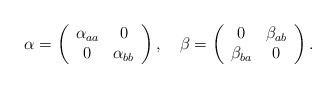
\begin{align*}\alpha =\left(\begin{array}{cc}\alpha_{aa}& 0\\0& \alpha_{bb}\end{array}\right),\quad\beta =\left(\begin{array}{cc}0& \beta_{ab}\\\beta_{ba}& 0\end{array}\right).\end{align*}